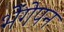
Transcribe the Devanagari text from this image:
भेंगेपन